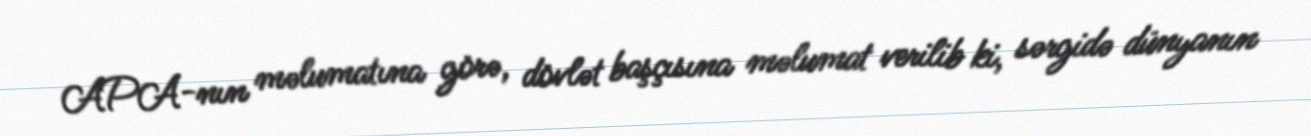
APA-nın məlumatına görə, dövlət başçısına məlumat verilib ki, sərgidə dünyanın